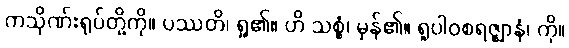
ကသိုဏ်းရုပ်တို့ကို။ ပဿတိ၊ ရှု၏။ ဟိ သစ္စံ၊ မှန်၏။ ရူပါဝစရဇ္ဈာနံ၊ ကို။